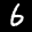
Label: 6